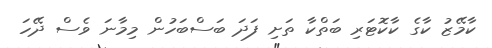
ކާމޭޒު ކާގެ ކާކޮޓަރި ބަތްކާ ތަށި ފަދަ ބަސްބަހުން މިމާނަ ވެސް ދޭހަ